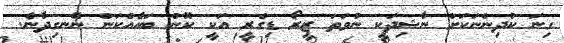
ގިނަ ކުދިންނަކަށް ނާޝިދަކީ ނުވަތަ ޒީރޯ ޑިގްރީ އަކީ ކޮން ބައެއްކަން ނޭނގިދާނެ.